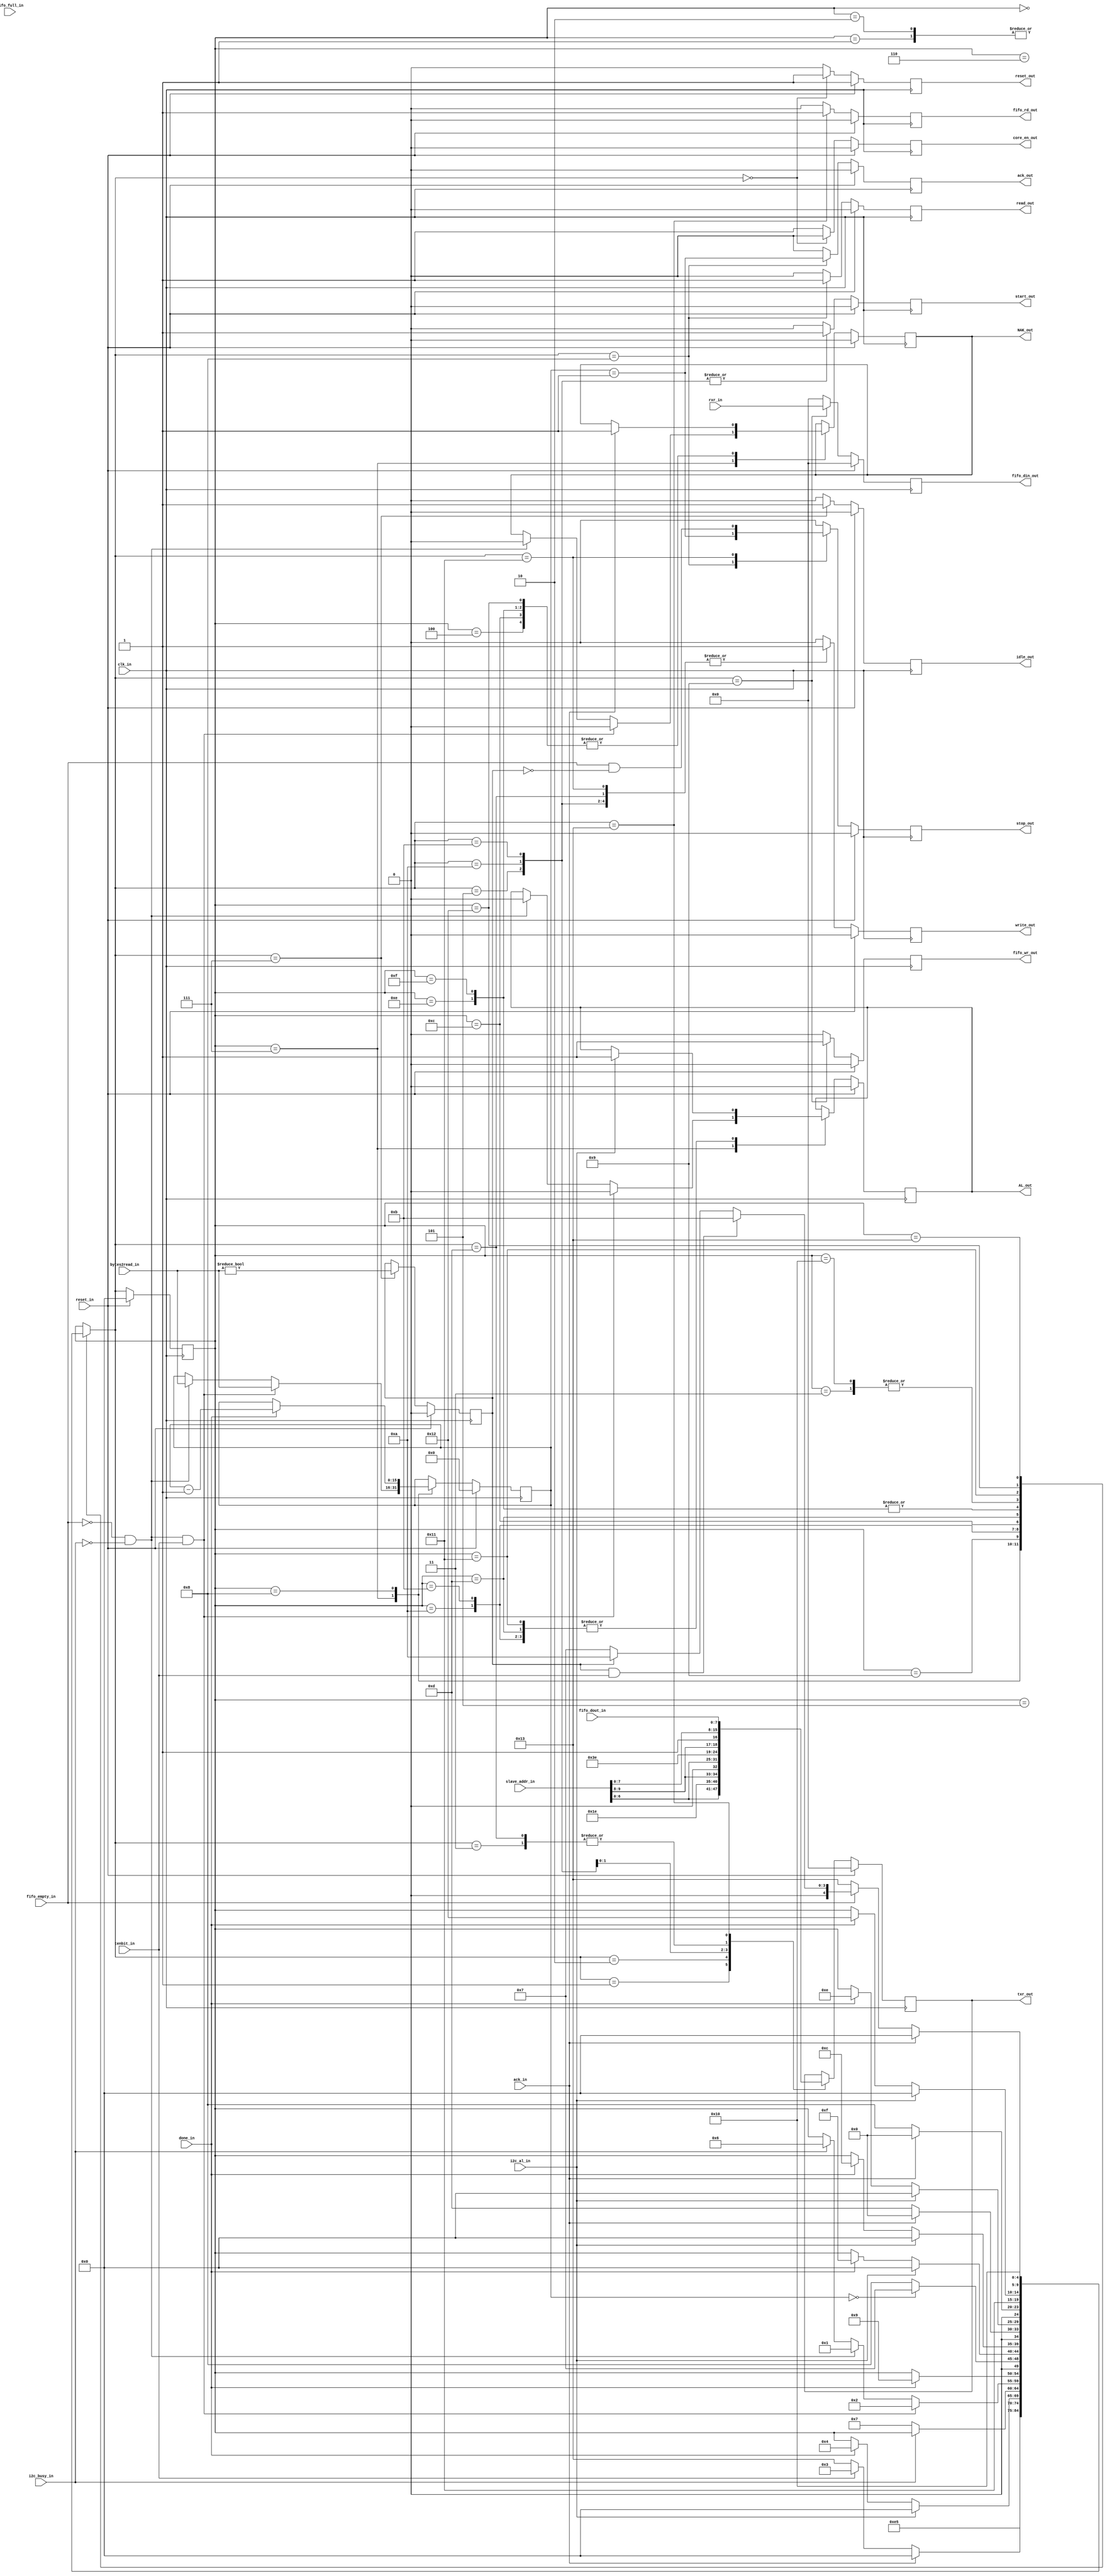

// Created by fizzim.pl version $Revision: 5.0 on 2015:11:08 at 20:24:02 (www.fizzim.com)

module commFPGA_I2Cmaster_fsm (
  output reg AL_out,
  output reg NAK_out,
  output reg ack_out,
  output reg core_en_out,
  output reg [7:0] fifo_din_out,
  output reg fifo_rd_out,
  output reg fifo_wr_out,
  output reg idle_out,
  output reg read_out,
  output reg reset_out,
  output reg start_out,
  output reg stop_out,
  output reg [7:0] txr_out,
  output reg write_out,
  input wire ack_in,
  input wire [15:0] bytes2read_in,
  input wire clk_in,
  input wire done_in,
  input wire [7:0] fifo_dout_in,
  input wire fifo_empty_in,
  input wire fifo_full_in,
  input wire i2c_al_in,
  input wire i2c_busy_in,
  input wire reset_in,
  input wire [7:0] rxr_in,
  input wire [9:0] slave_addr_in,
  input wire tenbit_in 
);

  // state bits
  parameter 
  reset          = 5'b00000, 
  address        = 5'b00001, 
  address_10a    = 5'b00010, 
  address_10b    = 5'b00011, 
  adr_ack        = 5'b00100, 
  adr_wr         = 5'b00101, 
  bus_busy       = 5'b00110, 
  idle           = 5'b00111, 
  read           = 5'b01000, 
  read_push      = 5'b01001, 
  rs_addr        = 5'b01010, 
  rs_addr10a     = 5'b01011, 
  rs_addr10a_ack = 5'b01100, 
  rs_addr10b     = 5'b01101, 
  rs_addr10b_ack = 5'b01110, 
  rs_addr_ack    = 5'b01111, 
  wait_fifo      = 5'b10000, 
  write          = 5'b10001, 
  write_ack      = 5'b10010, 
  write_fetch    = 5'b10011; 

  reg [4:0] state;
  reg [4:0] nextstate;
  reg [15:0] byte_count;
  reg do_read;
  reg next_AL_out;
  reg next_NAK_out;
  reg [15:0] next_byte_count;

  // comb always block
  always @* begin
    nextstate = state; // default to hold value because implied_loopback is set
    next_AL_out = AL_out;
    next_NAK_out = NAK_out;
    next_byte_count[15:0] = byte_count[15:0];
    case (state)
      reset         : begin
        begin
          nextstate = idle;
        end
      end
      address       : begin
        begin
          nextstate = adr_wr;
        end
      end
      address_10a   : begin
        begin
          nextstate = adr_wr;
        end
      end
      address_10b   : begin
        begin
          nextstate = write;
        end
      end
      adr_ack       : begin
        if (ack_in) begin
          nextstate = reset;
          next_NAK_out = 1'b1;
        end
        else if (tenbit_in) begin
          nextstate = address_10b;
        end
        else begin
          nextstate = write_fetch;
        end
      end
      adr_wr        : begin
        if (i2c_al_in) begin
          nextstate = reset;
          next_AL_out = 1'b1;
        end
        else if (done_in) begin
          nextstate = adr_ack;
        end
      end
      bus_busy      : begin
        if (!i2c_busy_in) begin
          nextstate = idle;
        end
      end
      idle          : begin
        if (!fifo_empty_in & !i2c_busy_in & tenbit_in) begin
          nextstate = address_10a;
          next_AL_out = 1'b0;
          next_byte_count[15:0] = bytes2read_in;
          next_NAK_out = 1'b0;
        end
        else if (!fifo_empty_in & !i2c_busy_in) begin
          nextstate = address;
          next_AL_out = 1'b0;
          next_NAK_out = 1'b0;
          next_byte_count[15:0] = bytes2read_in;
        end
        else if (i2c_busy_in) begin
          nextstate = bus_busy;
        end
      end
      read          : begin
        if (done_in) begin
          nextstate = read_push;
          next_byte_count[15:0] = byte_count - 1;
        end
      end
      read_push     : begin
        if (byte_count == 0) begin
          nextstate = idle;
        end
        else begin
          nextstate = read;
        end
      end
      rs_addr       : begin
        if (i2c_al_in) begin
          nextstate = reset;
          next_AL_out = 1'b1;
        end
        else if (done_in) begin
          nextstate = rs_addr_ack;
        end
      end
      rs_addr10a    : begin
        if (i2c_al_in) begin
          nextstate = reset;
          next_AL_out = 1'b1;
        end
        else if (done_in) begin
          nextstate = rs_addr10a_ack;
        end
      end
      rs_addr10a_ack: begin
        if (ack_in) begin
          nextstate = reset;
          next_NAK_out = 1'b1;
        end
        else begin
          nextstate = rs_addr10b;
        end
      end
      rs_addr10b    : begin
        if (i2c_al_in) begin
          nextstate = reset;
          next_AL_out = 1'b1;
        end
        else if (done_in) begin
          nextstate = rs_addr10b_ack;
        end
      end
      rs_addr10b_ack: begin
        if (ack_in) begin
          nextstate = reset;
          next_NAK_out = 1'b1;
        end
        else begin
          nextstate = read;
        end
      end
      rs_addr_ack   : begin
        if (ack_in) begin
          nextstate = reset;
          next_NAK_out = 1'b1;
        end
        else begin
          nextstate = read;
        end
      end
      wait_fifo     : begin
        begin
          nextstate = write;
        end
      end
      write         : begin
        if (i2c_al_in) begin
          nextstate = reset;
          next_AL_out = 1'b1;
        end
        else if (done_in) begin
          nextstate = write_ack;
        end
      end
      write_ack     : begin
        if (ack_in) begin
          nextstate = reset;
          next_NAK_out = 1'b1;
        end
        else if (!fifo_empty_in) begin
          nextstate = write_fetch;
        end
        else if (do_read & tenbit_in) begin
          nextstate = rs_addr10a;
        end
        else if (do_read) begin
          nextstate = rs_addr;
        end
        else begin
          nextstate = idle;
        end
      end
      write_fetch   : begin
        begin
          nextstate = wait_fifo;
        end
      end
    endcase
  end

  // Assign reg'd outputs to state bits

  // sequential always block
  always @(posedge clk_in) begin
    if (reset_in) begin
      state <= reset;
      AL_out <= 1'b0;
      NAK_out <= 1'b0;
      byte_count[15:0] <= 16'h0000;
      end
    else begin
      state <= nextstate;
      AL_out <= next_AL_out;
      NAK_out <= next_NAK_out;
      byte_count[15:0] <= next_byte_count[15:0];
      end
  end

  // datapath sequential always block
  always @(posedge clk_in) begin
    if (reset_in) begin
      ack_out <= 1'b0;
      core_en_out <= 1'b0;
      do_read <= 1'b0;
      fifo_din_out[7:0] <= 8'h00;
      fifo_rd_out <= 1'b0;
      fifo_wr_out <= 1'b0;
      idle_out <= 1'b0;
      read_out <= 1'b0;
      reset_out <= 1'b1;
      start_out <= 1'b0;
      stop_out <= 1'b0;
      txr_out[7:0] <= 8'h00;
      write_out <= 1'b0;
    end
    else begin
      ack_out <= 1'b0; // default
      core_en_out <= 1'b1; // default
      do_read <= do_read; // default
      fifo_din_out[7:0] <= 8'h00; // default
      fifo_rd_out <= 1'b0; // default
      fifo_wr_out <= 1'b0; // default
      idle_out <= 1'b0; // default
      read_out <= 1'b0; // default
      reset_out <= 1'b0; // default
      start_out <= 1'b0; // default
      stop_out <= 1'b0; // default
      txr_out[7:0] <= txr_out; // default
      write_out <= 1'b0; // default
      case (nextstate)
        reset         : begin
          core_en_out <= 1'b0;
          reset_out <= 1'b1;
        end
        address       : begin
          txr_out[7:0] <= {slave_addr_in[6:0], 1'b0};
        end
        address_10a   : begin
          txr_out[7:0] <= {5'b11110, slave_addr_in[9:8], 1'b0};
        end
        address_10b   : begin
          txr_out[7:0] <= slave_addr_in[7:0];
        end
        adr_wr        : begin
          start_out <= 1'b1;
          write_out <= 1'b1;
        end
        idle          : begin
          do_read <= bytes2read_in != 0;
          idle_out <= 1'b1;
        end
        read          : begin
          ack_out <= byte_count == 1;
          read_out <= 1'b1;
          stop_out <= byte_count == 1;
        end
        read_push     : begin
          fifo_din_out[7:0] <= rxr_in;
          fifo_wr_out <= 1'b1;
        end
        rs_addr       : begin
          start_out <= 1'b1;
          txr_out[7:0] <= {slave_addr_in[6:0], 1'b1};
          write_out <= 1'b1;
        end
        rs_addr10a    : begin
          start_out <= 1'b1;
          txr_out[7:0] <= {5'b11110, slave_addr_in[9:8], 1'b1};
          write_out <= 1'b1;
        end
        rs_addr10b    : begin
          txr_out[7:0] <= slave_addr_in[7:0];
          write_out <= 1'b1;
        end
        write         : begin
          stop_out <= fifo_empty_in & !do_read;
          write_out <= 1'b1;
        end
        write_fetch   : begin
          fifo_rd_out <= 1'b1;
          txr_out[7:0] <= fifo_dout_in;
        end
      endcase
    end
  end

  // This code allows you to see state names in simulation
  `ifndef SYNTHESIS
  reg [111:0] statename;
  always @* begin
    case (state)
      reset         :
        statename = "reset";
      address       :
        statename = "address";
      address_10a   :
        statename = "address_10a";
      address_10b   :
        statename = "address_10b";
      adr_ack       :
        statename = "adr_ack";
      adr_wr        :
        statename = "adr_wr";
      bus_busy      :
        statename = "bus_busy";
      idle          :
        statename = "idle";
      read          :
        statename = "read";
      read_push     :
        statename = "read_push";
      rs_addr       :
        statename = "rs_addr";
      rs_addr10a    :
        statename = "rs_addr10a";
      rs_addr10a_ack:
        statename = "rs_addr10a_ack";
      rs_addr10b    :
        statename = "rs_addr10b";
      rs_addr10b_ack:
        statename = "rs_addr10b_ack";
      rs_addr_ack   :
        statename = "rs_addr_ack";
      wait_fifo     :
        statename = "wait_fifo";
      write         :
        statename = "write";
      write_ack     :
        statename = "write_ack";
      write_fetch   :
        statename = "write_fetch";
      default       :
        statename = "XXXXXXXXXXXXXX";
    endcase
  end
  `endif

endmodule